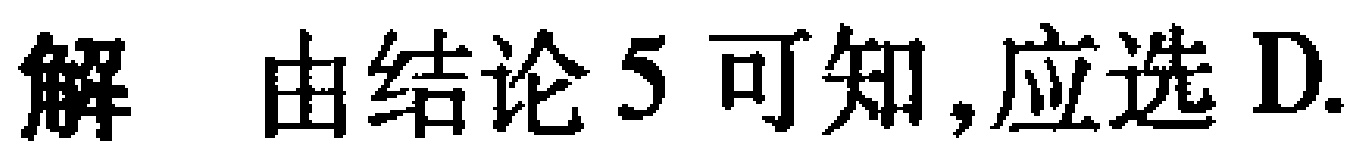
解 由结论5可知,应选D.